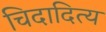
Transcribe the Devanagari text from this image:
चिदादित्य